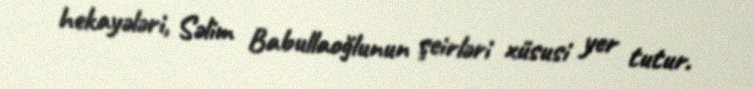
hekayələri, Səlim Babullaoğlunun şeirləri xüsusi yer tutur.